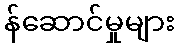
န်ဆောင်မှုများ